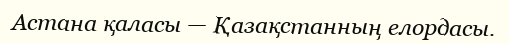
Астана қаласы — Қазақстанның елордасы.